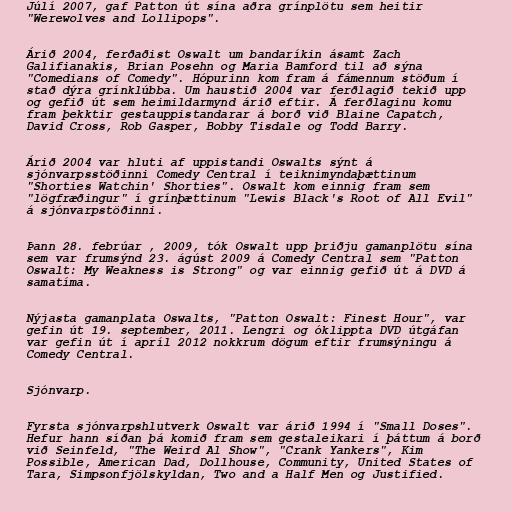
Júlí 2007, gaf Patton út sína aðra grínplötu sem heitir
"Werewolves and Lollipops".

Árið 2004, ferðaðist Oswalt um bandaríkin ásamt Zach
Galifianakis, Brian Posehn og Maria Bamford til að sýna
"Comedians of Comedy". Hópurinn kom fram á fámennum stöðum í
stað dýra grínklúbba. Um haustið 2004 var ferðlagið tekið upp
og gefið út sem heimildarmynd árið eftir. Á ferðlaginu komu
fram þekktir gestauppistandarar á borð við Blaine Capatch,
David Cross, Rob Gasper, Bobby Tisdale og Todd Barry.

Árið 2004 var hluti af uppistandi Oswalts sýnt á
sjónvarpsstöðinni Comedy Central í teiknimyndaþættinum
"Shorties Watchin' Shorties". Oswalt kom einnig fram sem
"lögfræðingur" í grínþættinum "Lewis Black's Root of All Evil"
á sjónvarpstöðinni.

Þann 28. febrúar , 2009, tók Oswalt upp þriðju gamanplötu sína
sem var frumsýnd 23. ágúst 2009 á Comedy Central sem "Patton
Oswalt: My Weakness is Strong" og var einnig gefið út á DVD á
samatíma.

Nýjasta gamanplata Oswalts, "Patton Oswalt: Finest Hour", var
gefin út 19. september, 2011. Lengri og óklippta DVD útgáfan
var gefin út í apríl 2012 nokkrum dögum eftir frumsýningu á
Comedy Central.

Sjónvarp.

Fyrsta sjónvarpshlutverk Oswalt var árið 1994 í "Small Doses".
Hefur hann síðan þá komið fram sem gestaleikari í þáttum á borð
við Seinfeld, "The Weird Al Show", "Crank Yankers", Kim
Possible, American Dad, Dollhouse, Community, United States of
Tara, Simpsonfjölskyldan, Two and a Half Men og Justified.